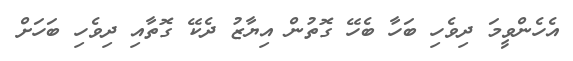
އެހެންވީމަ ދިވެހި ބަހާ ބެހޭ ގޮތުން އިޔާޒު ދެކޭ ގޮތާއި ދިވެހި ބަހަށް